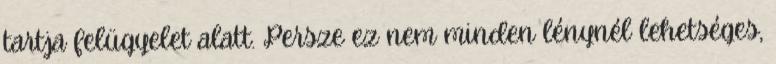
tartja felügyelet alatt. Persze ez nem minden lénynél lehetséges,